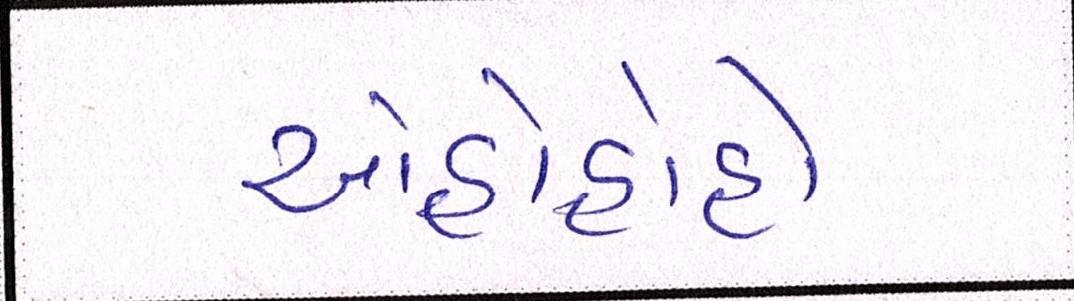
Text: ઓહોહોહો